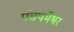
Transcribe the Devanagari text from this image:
पंचपर्मेश्वर